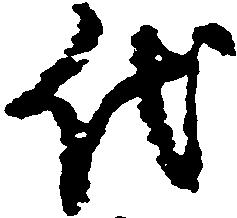
代